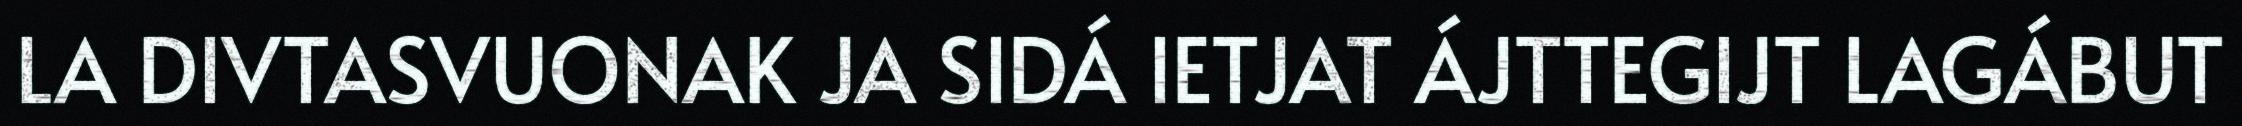
LA DIVTASVUONAK JA SIDÁ IETJAT ÁJTTEGIJT LAGÁBUT